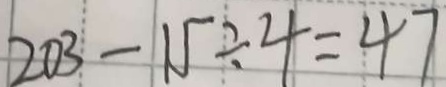
2 0 3 - 1 5 \div 4 = 4 7